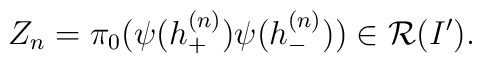
Z_n=\pi_0(\psi(h_+^{(n)})\psi(h_-^{(n)})) \in{\cal R}(I').